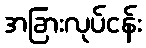
အခြားလုပ်ငန်း